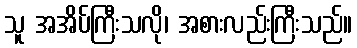
သူ အအိပ်ကြီးသလို၊ အစားလည်းကြီးသည်။